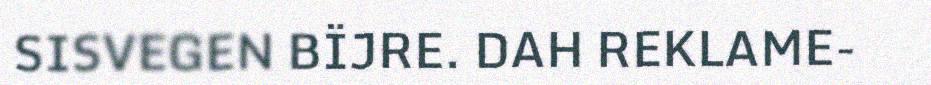
SISVEGEN BÏJRE. DAH REKLAME-